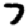
Digit: 7